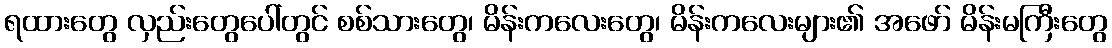
ရထားတွေ လှည်းတွေပေါ်တွင် စစ်သားတွေ၊ မိန်းကလေးတွေ၊ မိန်းကလေးများ၏ အဖော် မိန်းမကြီးတွေ